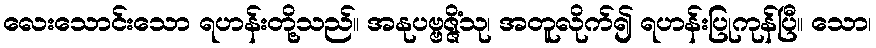
လေးသောင်းသော ရဟန်းတို့သည်။ အနုပဗ္ဗဇ္ဇိံသု၊ အတူလိုက်၍ ရဟန်းပြုကုန်ပြီ။ သော၊